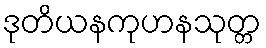
ဒုတိယနကုဟနသုတ္တ